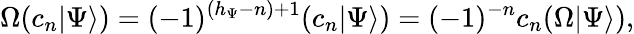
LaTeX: \Omega(c_{n}|\Psi\rangle)=(-1)^{(h_{\Psi}-n)+1}(c_{n}|\Psi\rangle)=(-1)^{-n}c_{n}(\Omega|\Psi\rangle),